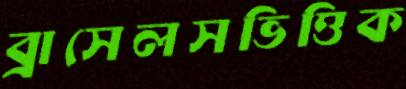
ব্রাসেলসভিত্তিক